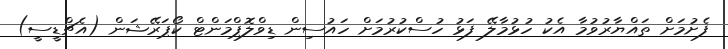
ފެށުމަށް ތައްޔާރުވުމާ އެކު ހުޅުމާލޭ ފަޅު ހުސްކުރުމަށް ހައުސިން ޑިވްލޮޕްމަންޓް ކޯޕަރޭޝަން (އެޗްޑީސީ)